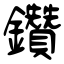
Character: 鑽